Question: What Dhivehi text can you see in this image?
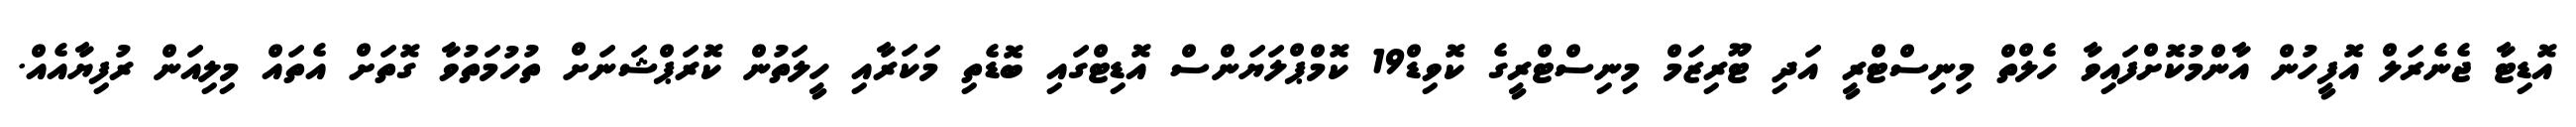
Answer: އޮޑިޓާ ޖެނެރަލް އޮފީހުން އާންމުކޮށްފައިވާ ހެލްތް މިނިސްޓްރީ އަދި ޓޫރިޒަމް މިނިސްޓްރީގެ ކޮވިޑް19 ކޮމްޕްލަޔަންސް އޮޑިޓްގައި ބޮޑެތި މަކަރާއި ހީލަތުން ކޮރަޕްޝަނަށް ތުހުމަތުވާ ގޮތަށް އެތައް މިލިއަން ރުފިޔާއެއް.